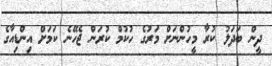
ދީން ބަދަލު ކުރާ މީހުންނަށް މަރުގެ ހުކުމް ކުރަން ޖެހޭނެ ކަމަށް އިންޑިއާގެ